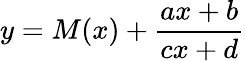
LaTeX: y=M(x)+{\frac{ax+b}{cx+d}}